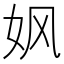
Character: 㚯